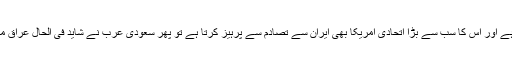
در اصل سعودی عرب میں ایران سے براہ راست مقابلہ کرنے کی توانائی نہیں ہے اور اس کا سب سے بڑا اتحادی امریکا بھی ایران سے تصادم سے پرہیز کرتا ہے تو پھر سعودی عرب نے شاید فی الحال عراق میں ہی ایران کے اثر و رسوخ کو محدود کرنے پر اطمئنان کرنے کا ارادہ کیا ہو۔